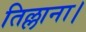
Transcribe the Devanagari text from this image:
तिल्लाना।